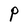
Character: P